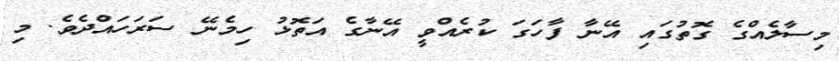
މިސާލެއްގެ ގޮތުގައި އޭނާ ފާހަގަ ކުރެއްވީ އޭނާގެ އަތޮޅު ހިމެނޭ ސަރަހައްދެވެ. މި